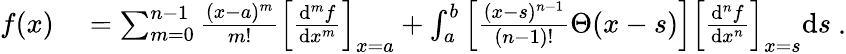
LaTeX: {\begin{array}{rl}{f(x)}&{{}=\sum_{m=0}^{n-1}{\frac{(x-a)^{m}}{m!}}\left[{\frac{\mathrm{d}^{m}f}{\mathrm{d}x^{m}}}\right]_{x=a}+\int_{a}^{b}\left[{\frac{(x-s)^{n-1}}{(n-1)!}}\Theta(x-s)\right]\left[{\frac{\mathrm{d}^{n}f}{\mathrm{d}x^{n}}}\right]_{x=s}\mathrm{d}s}\end{array}}~.